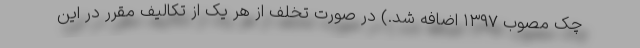
چک مصوب ۱۳۹۷ اضافه شد.) در صورت تخلف از هر یک از تکالیف مقرر در این